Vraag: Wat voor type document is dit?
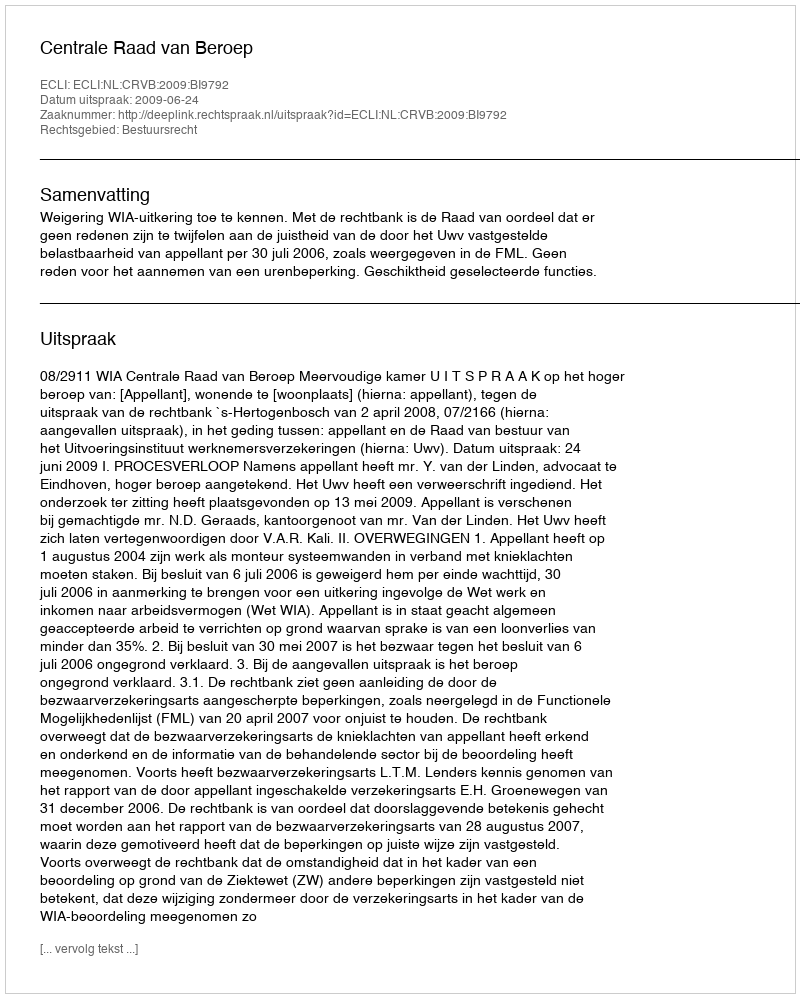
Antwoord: Uitspraak